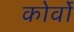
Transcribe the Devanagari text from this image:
कोर्वो